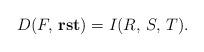
LaTeX: \begin{align*}D(F,\,{\bf rst})=I(R,\,S,\,T).\end{align*}